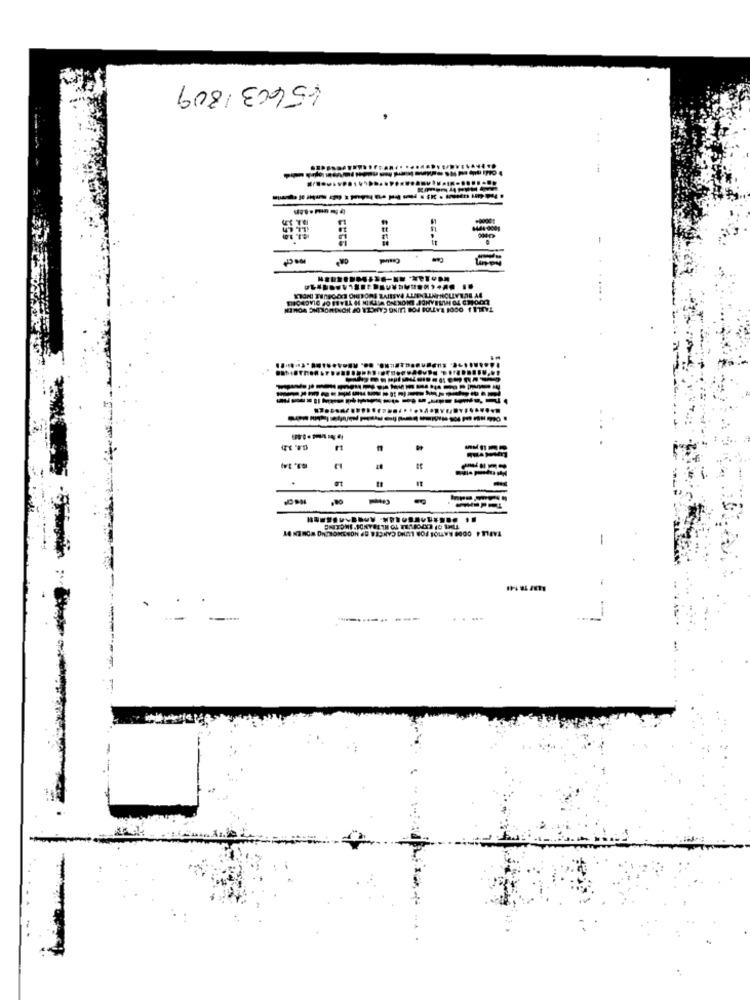
456031809
:
Central
------
-